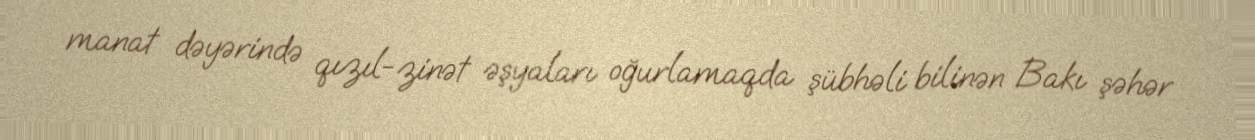
manat dəyərində qızıl-zinət əşyaları oğurlamaqda şübhəli bilinən Bakı şəhər